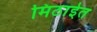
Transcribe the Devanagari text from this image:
मिठाईत